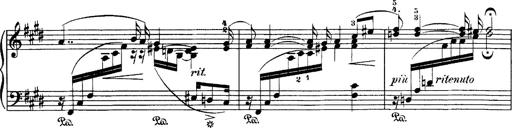
Title: Hungarian Rhapsody No.1
Composer: Franz Liszt
Key: C-sharp minor